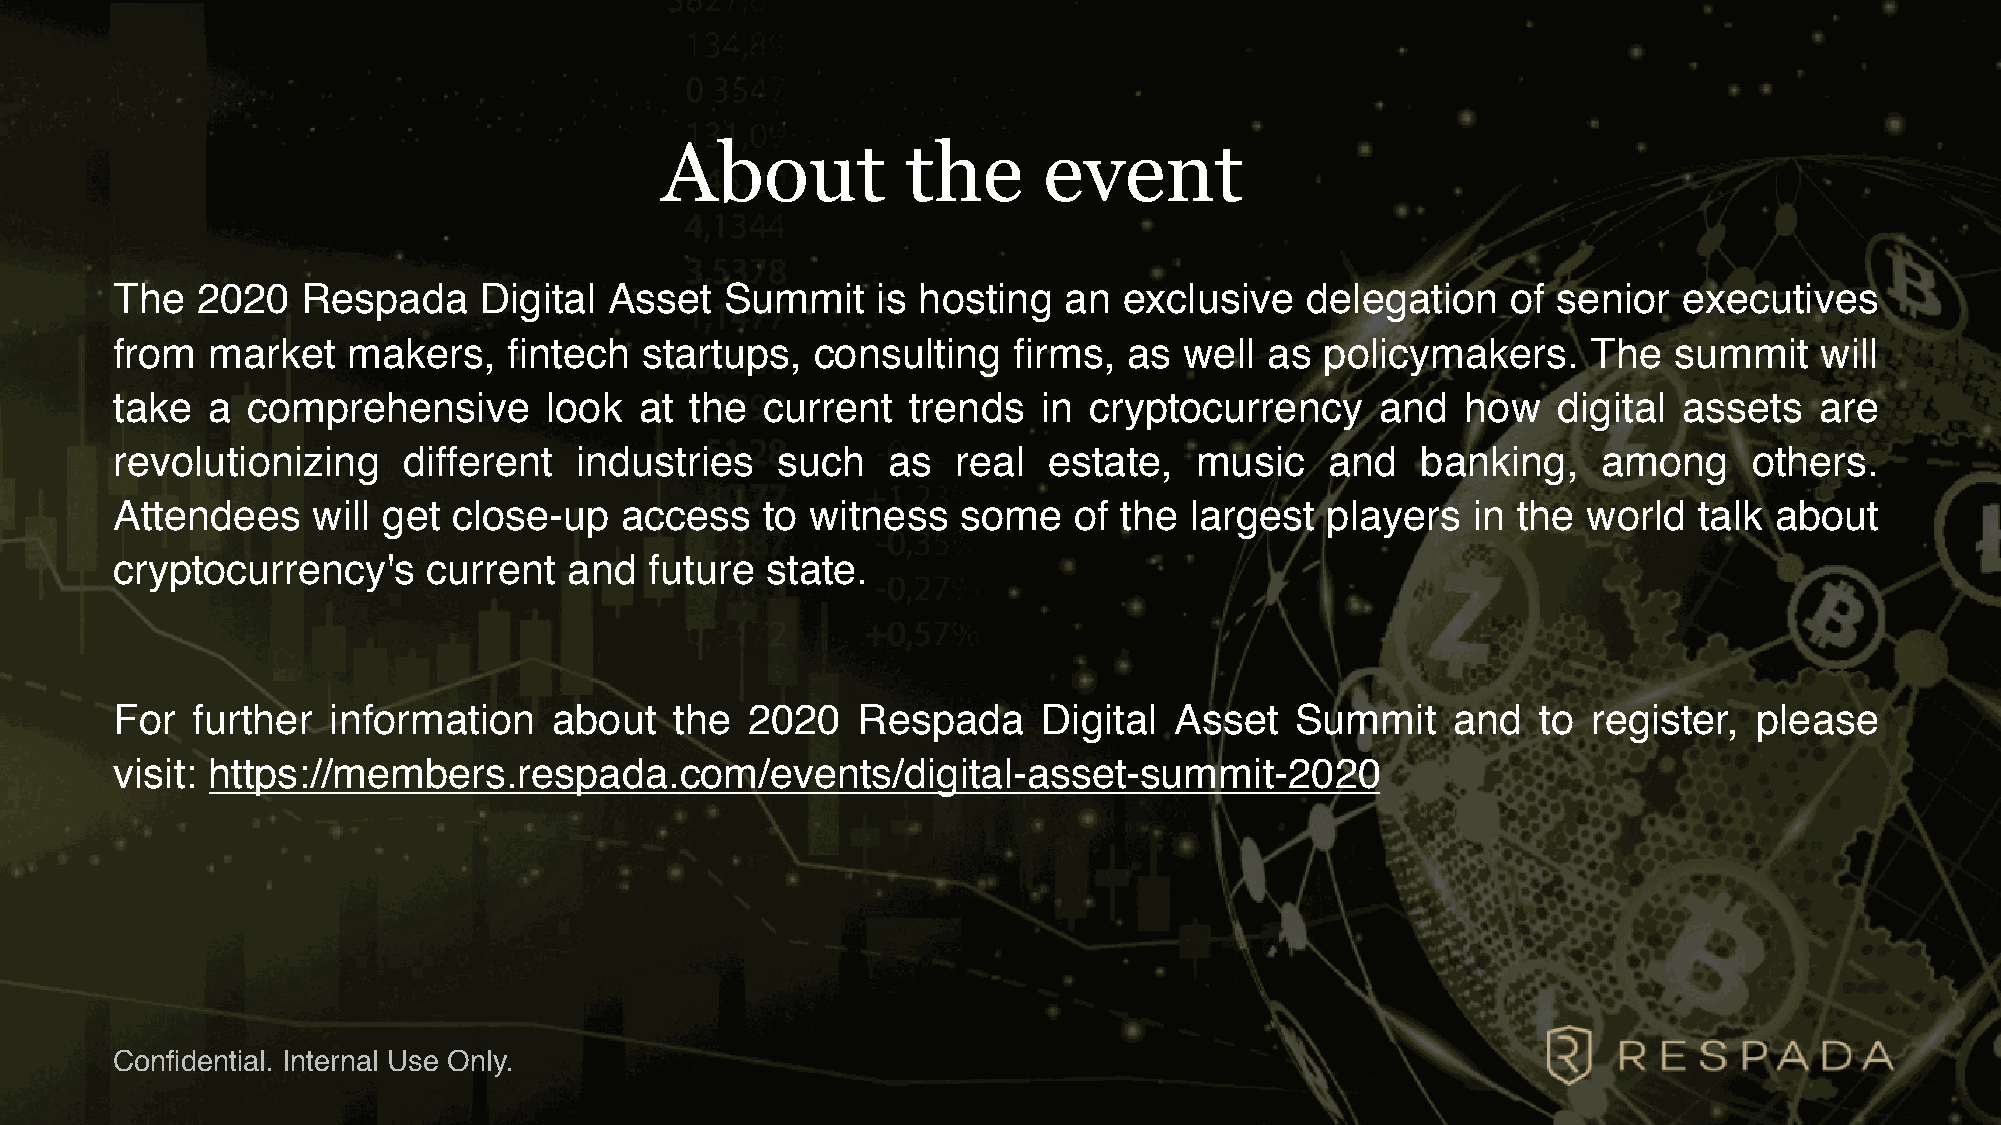
About           the      event
 The   2020   Respada     Digital Asset   Summit    is hosting  an  exclusive   delegation    of senior  executives
 from   market   makers,    fintech startups,   consulting   firms,  as well  as  policymakers.    The   summit   will
 take   a comprehensive       look  at  the  current  trends   in cryptocurrency     and   how   digital assets   are
 revolutionizing     different  industries   such    as  real  estate,   music    and   banking,    among     others.
 Attendees     will get close-up   access   to  witness   some   of the  largest  players  in the  world  talk about
 cryptocurrency's     current   and  future  state.
 For   further  information    about   the 2020    Respada     Digital  Asset   Summit    and   to register,  please
 visit: https://members.respada.com/events/digital-asset-summit-2020
 Confidential. Internal Use Only.